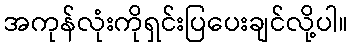
အကုန်လုံးကိုရှင်းပြပေးချင်လို့ပါ။